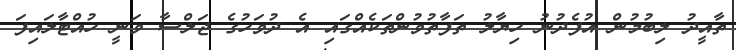
ތާއީދު ލިބުމުން އުފެދުނު ހިޔާލު ތަފާތުވުންތަކެއްގައި އެ ދުވަހުގެ ޖަލްސާ ވަނީ ހުއްޓާލައިފަ